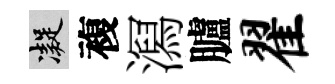
凝複㵼臚翟